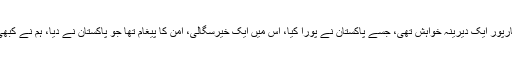
کرتارپور راہداری سے متعلق سوال پر شاہ محمود قریشی کا کہنا تھا کہ کرتارپور ایک دیرینہ خواہش تھی، جسے پاکستان نے پورا کیا، اس میں ایک خیرسگالی، امن کا پیغام تھا جو پاکستان نے دیا، ہم نے کبھی امن کے پیغام سے آنکھ چرائی نہیں اور کبھی جارحیت سے گھبرائے نہیں۔